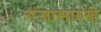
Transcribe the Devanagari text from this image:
गंजासारखे